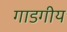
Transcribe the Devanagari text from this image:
गाडगीय